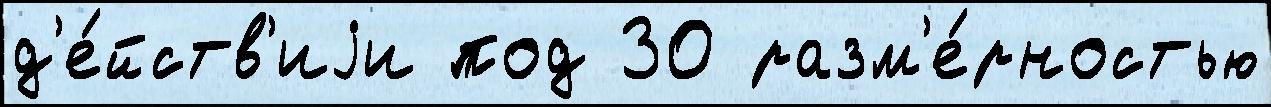
д'е́йств'иjи под 30 разм'е́рностью